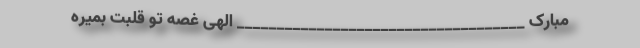
مبارک ____________________________________ الهی غصه تو قلبت بمیره